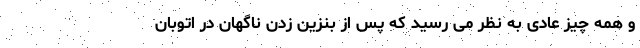
و همه چیز عادی به نظر می رسید که پس از بنزین زدن ناگهان در اتوبان